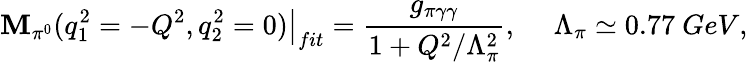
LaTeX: \left.\mathbf{M}_{\pi^{0}}(q_{1}^{2}=-Q^{2},q_{2}^{2}=0)\right|_{fit}=\frac{{g_{\pi\gamma\gamma}}}{{1+Q^{2}/\Lambda_{\pi}^{2}}},\ \ \ \ \ \Lambda_{\pi}\simeq0.77\ GeV,